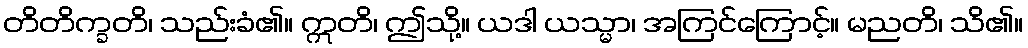
တိတိက္ခတိ၊ သည်းခံ၏။ ဣတိ၊ ဤသို့။ ယဒါ ယသ္မာ၊ အကြင်ကြောင့်။ မညတိ၊ သိ၏။